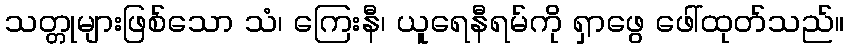
သတ္တုများဖြစ်သော သံ၊ ကြေးနီ၊ ယူရေနီရမ်ကို ရှာဖွေ ဖေါ်ထုတ်သည်။